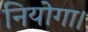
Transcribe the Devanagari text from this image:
नियोगा।